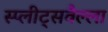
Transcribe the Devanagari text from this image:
स्प्लीट्सवैल्ला